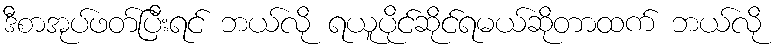
ဒီစာအုပ်ဖတ်ပြီးရင် ဘယ်လို ရယူပိုင်ဆိုင်ရမယ်ဆိုတာထက် ဘယ်လို